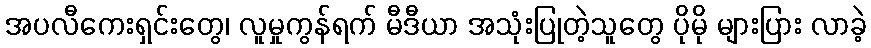
အပလီကေးရှင်းတွေ၊ လူမှုကွန်ရက် မီဒီယာ အသုံးပြုတဲ့သူတွေ ပိုမို များပြား လာခဲ့